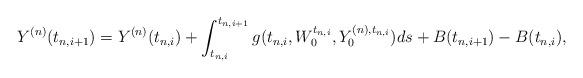
LaTeX: \begin{align*} Y^{(n)}(t_{n, i+1})=Y^{(n)}(t_{n, i})+ \int_{t_{n, i}}^{t_{n, i+1}} g(t_{n, i}, W_0^{t_{n, i}}, Y_0^{(n), t_{n, i}}) ds + B(t_{n, i+1})-B(t_{n, i}),\end{align*}